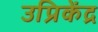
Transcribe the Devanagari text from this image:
उप्रिकेंद्र